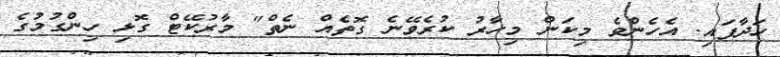
ހަދާފައި. އެހެންވެ މިކަން މިހާރު ކުރެވޭނެ ގޮތެއް ނެތް" މާރުކޭޓް ގޮޅި ހިންގުމުގެ